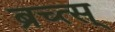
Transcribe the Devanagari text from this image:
ब्रच्त्स्